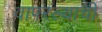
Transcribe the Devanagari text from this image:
वापरल्याची